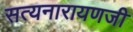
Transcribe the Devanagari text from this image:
सत्यनारायणजी